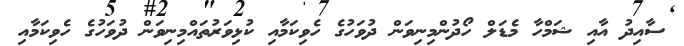
ސާއިދު އާއި ޝަމްހާ މެޑަލް ހޯދުންމިނިވަން ދުވަހުގެ ހެވިކަމާއި ކުޅިވަރުތައްމިނިވަން ދުވަހުގެ ހެވިކަމާއި